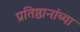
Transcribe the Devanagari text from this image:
प्रतिष्ठानांच्या